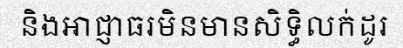
និងអាជ្ញាធរមិនមានសិទ្ធិលក់ដូរ